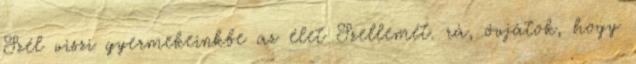
Szél viszi gyermekeinkbe az élet Szellemét. rá, óvjátok, hogy